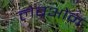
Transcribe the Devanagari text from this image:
लेब्रओन